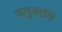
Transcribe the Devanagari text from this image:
अनुमतय